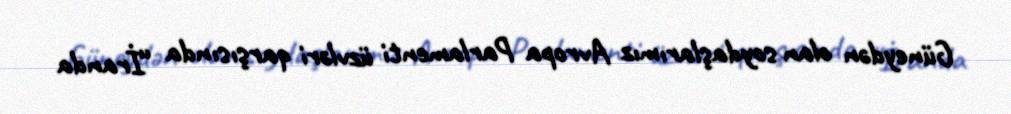
Güneydən olan soydaşlarımız Avropa Parlamenti üzvləri qarşısında “İranda